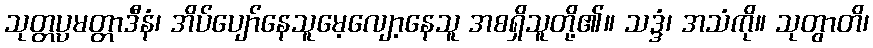
သုတ္တပ္ပမတ္တာဒီနံ၊ အိပ်ပျော်နေသူမေ့လျော့နေသူ အစရှိသူတို့၏။ သဒ္ဒံ၊ အသံကို။ သုတွာတိ၊